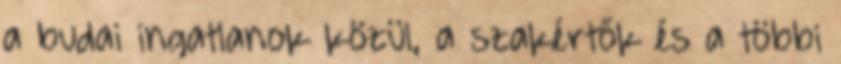
a budai ingatlanok közül, a szakértők és a többi